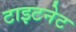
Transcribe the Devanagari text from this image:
टाइटनेट